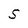
Character: S